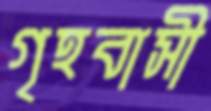
গৃহবাসী